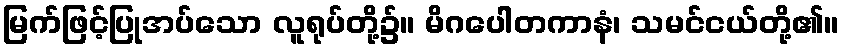
မြက်ဖြင့်ပြုအပ်သော လူရုပ်တို့၌။ မိဂပေါတကာနံ၊ သမင်ငယ်တို့၏။